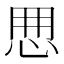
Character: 𢘼